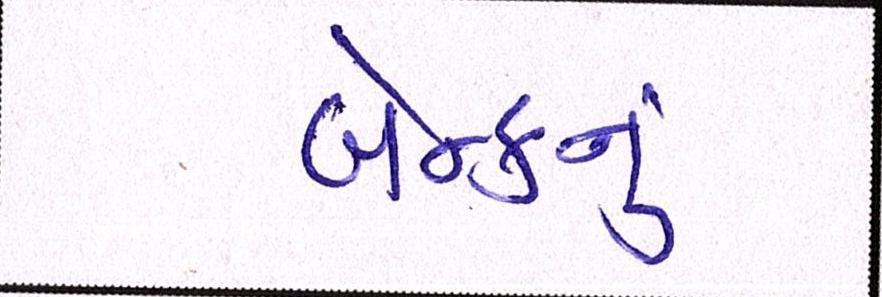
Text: બેન્કનું